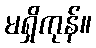
မရှိကုန်။